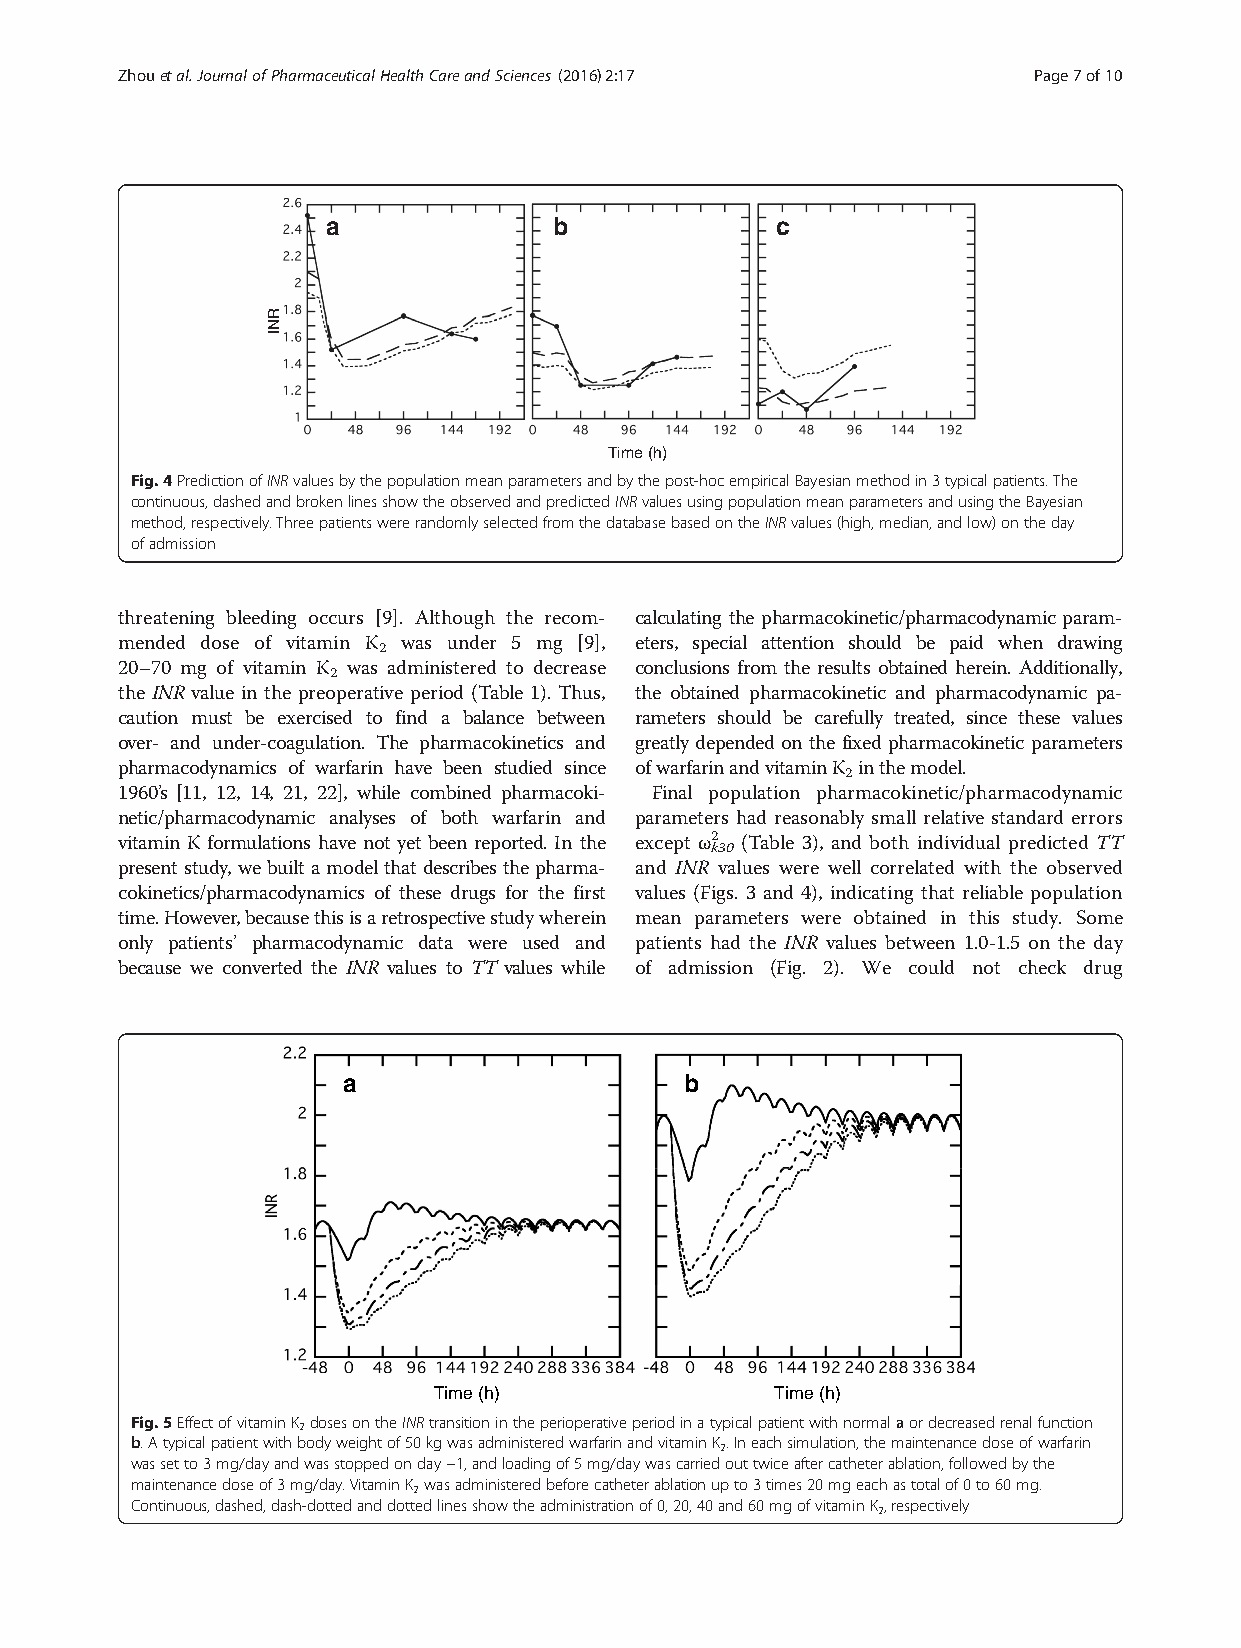
Zhouetal.JournalofPharmaceuticalHealthCareandSciences (2016) 2:17 Page7of10
 a              b             c
 Time (h)
 Fig.4PredictionofINRvaluesbythepopulationmeanparametersandbythepost-hocempiricalBayesianmethodin3typicalpatients.The
 continuous,dashedandbrokenlinesshowtheobservedandpredictedINRvaluesusingpopulationmeanparametersandusingtheBayesian
 method,respectively.ThreepatientswererandomlyselectedfromthedatabasebasedontheINRvalues(high,median,andlow)ontheday
 ofadmission
 threatening bleeding occurs [9]. Although the recom- calculating the pharmacokinetic/pharmacodynamic param-
 mended dose of vitamin K was under 5 mg [9], eters, special attention should be paid when drawing
 2
 20–70 mg of vitamin K was administered to decrease conclusions from the results obtained herein. Additionally,
 2
 the INR value in the preoperative period (Table 1). Thus, the obtained pharmacokinetic and pharmacodynamic pa-
 caution must be exercised to find a balance between rameters should be carefully treated, since these values
 over- and under-coagulation. The pharmacokinetics and greatly depended on the fixed pharmacokinetic parameters
 pharmacodynamics of warfarin have been studied since ofwarfarinandvitaminK inthemodel.
 2
 1960’s [11, 12, 14, 21, 22], while combined pharmacoki- Final population pharmacokinetic/pharmacodynamic
 netic/pharmacodynamic analyses of both warfarin and parameters had reasonably small relative standard errors
 vitamin K formulations have not yet been reported. In the except ω2 (Table 3), and both individual predicted TT
 k30
 present study,webuiltamodelthatdescribesthepharma- and INR values were well correlated with the observed
 cokinetics/pharmacodynamics of these drugs for the first values (Figs. 3 and 4), indicating that reliable population
 time.However,becausethisisaretrospectivestudywherein mean parameters were obtained in this study. Some
 only patients’ pharmacodynamic data were used and patients had the INR values between 1.0-1.5 on the day
 because we converted the INR values to TT values while of admission (Fig. 2). We could not check drug
 a                     b
 Time(h)               Time(h)
 Fig.5EffectofvitaminK dosesontheINRtransitionintheperioperativeperiodinatypicalpatientwithnormalaordecreasedrenalfunction
 2
 b.Atypicalpatientwithbodyweightof50kgwasadministeredwarfarinandvitaminK.Ineachsimulation,themaintenancedoseofwarfarin
 2
 wassetto3mg/dayandwasstoppedonday−1,andloadingof5mg/daywascarriedouttwiceaftercatheterablation,followedbythe
 maintenancedoseof3mg/day.VitaminK wasadministeredbeforecatheterablationupto3times20mgeachastotalof0to60mg.
 2
 Continuous,dashed,dash-dottedanddottedlinesshowtheadministrationof0,20,40and60mgofvitaminK,respectively
 2
 RNI